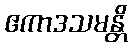
ဧကာဒသမန္တိ